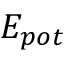
E _ { p o t }